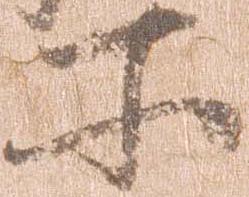
所